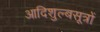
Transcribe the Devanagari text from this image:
आदिशुल्बसूत्रों